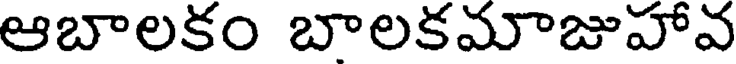
ఆబాలకం బాలకమాజుహావ